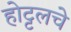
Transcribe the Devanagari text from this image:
होट्टलचे